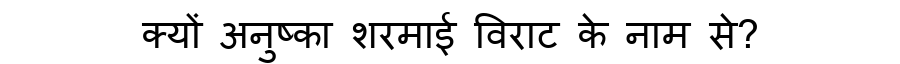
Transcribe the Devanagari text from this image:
क्यों अनुष्का शरमाई विराट के नाम से?